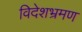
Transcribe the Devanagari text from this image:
विदेशभ्रमण